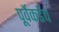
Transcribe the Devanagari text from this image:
पूर्वेकडेच